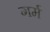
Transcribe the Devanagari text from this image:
गर्म